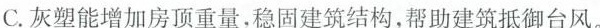
C.灰犨能增加房顶重量，稳固建筑结构，帮助建筑抵御台风。